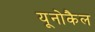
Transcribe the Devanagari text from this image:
यूनोकैल